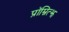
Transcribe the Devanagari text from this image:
प्रॉम्नित्झ